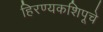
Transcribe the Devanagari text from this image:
हिरण्यकशिपूचे